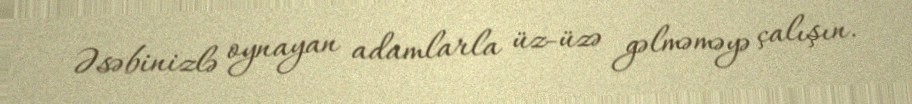
Əsəbinizlə oynayan adamlarla üz-üzə gəlməməyə çalışın.